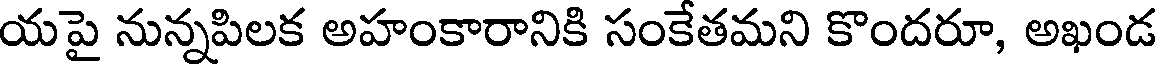
యపై నున్నపిలక అహంకారానికి సంకేతమని కొందరూ, అఖండ